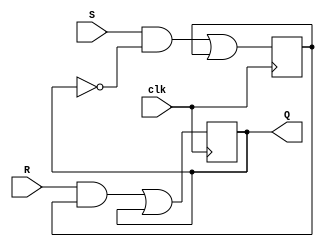
module SRFF (
    input wire S,  // set input
    input wire R,  // reset input
    input wire clk,  // clock input
    output reg Q   // output for stored data
);

reg Q_m, Q_s;  // master and slave stage registers

always @ (posedge clk) begin
    Q_m <= (S & ~Q_s) | Q_m;  // master stage logic
    Q_s <= (R & Q_m) | Q_s;  // slave stage logic
end

assign Q = Q_s;

endmodule